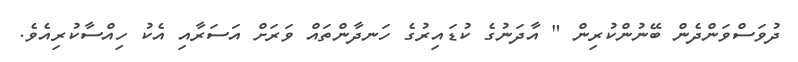
ދުވަސްވަންދެން ބޭނުންކުރިން " އާދަނުގެ ކުޑައިރުގެ ހަނދާންތައް ވަރަށް އަސަރާއި އެކު ހިއްސާކުރިއެވެ.